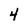
Character: 4